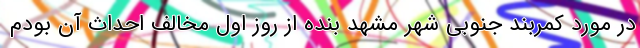
در مورد کمربند جنوبی شهر مشهد بنده از روز اول مخالف احداث آن بودم